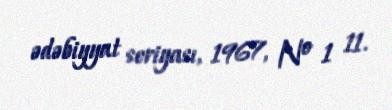
ədəbiyyat seriyası, 1967, № 1 11.